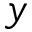
y